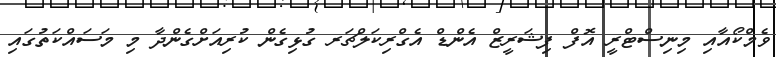
ވެމްކޯއާއި މިނިސްޓްރީ އޮފް ފިޝަރީޒް އެންޑް އެގްރިކަލްޗަރ ގުޅިގެން ކުރިއަށްގެންދާ މި މަސައްކަތުގައި